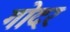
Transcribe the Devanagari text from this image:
गोदर